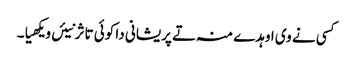
کسی نے وی اوہدے منہ تے پریشانی دا کوئی تاثر نیئں ویکھیا۔